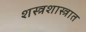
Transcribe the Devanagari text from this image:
शस्त्रशास्त्रात